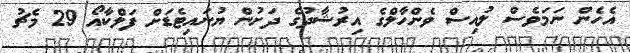
އެހެން ނަމަވެސް ލުއިސް ވެންހާލްގެ އިރުޝާދުގެ ދަށުން ޔުނައިޓެޑަށް ފަލްކާއޯ 29 މެޗު